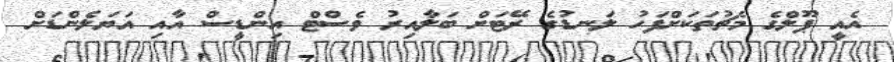
އެއީ ޕޫލްގެ މެޗުތަކަށްފަހު ލަނޑުގެ ރޭޓަށް ބަލާއިރު ވެސްޓް އިންޑީސް އާއި އަޔަލެންޑަށް